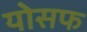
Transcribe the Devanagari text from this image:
योसफ